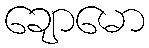
ချောမော